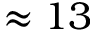
\approx 1 3